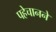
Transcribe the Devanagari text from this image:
पहेचानने